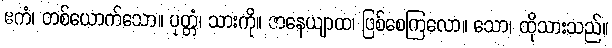
ဧကံ၊ တစ်ယောက်သော။ ပုတ္တံ၊ သားကို။ ဇာနေယျာထ၊ ဖြစ်စေကြလော။ သော၊ ထိုသားသည်။